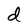
Character: d